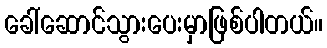
ခေါ်ဆောင်သွားပေးမှာဖြစ်ပါတယ်။